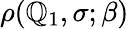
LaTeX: \rho(\mathbb{Q}_{1},\sigma;\beta)